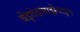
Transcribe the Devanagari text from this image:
बेंझोडायाझेपाइन